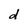
Character: d